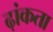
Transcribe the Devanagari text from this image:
ढ़ांकता